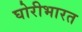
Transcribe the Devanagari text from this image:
घोरीभारत